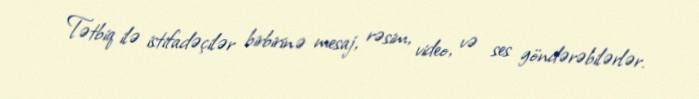
Tətbiq ilə istifadəçilər birbirinə mesaj, rəsim, video, və ses göndərəbilərlər.